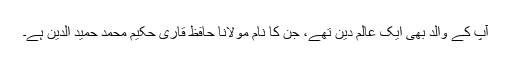
آپ کے والد بھی ایک عالم دین تھے، جن کا نام مولانا حافظ قاری حکیم محمد حمید الدین ہے۔